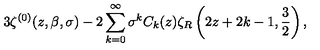
3 \zeta ^ { ( 0 ) } ( z , \beta , \sigma ) - 2 \sum _ { k = 0 } ^ { \infty } \sigma ^ { k } C _ { k } ( z ) \zeta _ { R } \left( 2 z + 2 k - 1 , { \frac { 3 } { 2 } } \right) ,